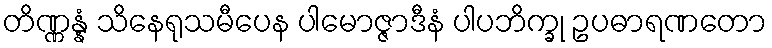
တိဏ္ဏန္နံ သိနေရုသမီပေန ပါမောဇ္ဇာဒီနံ ပါပဘိက္ခု ဥပဓာရဏတော